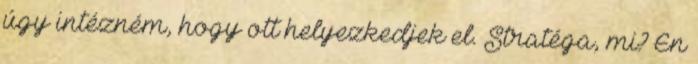
úgy intézném, hogy ott helyezkedjek el. Stratéga, mi? Én